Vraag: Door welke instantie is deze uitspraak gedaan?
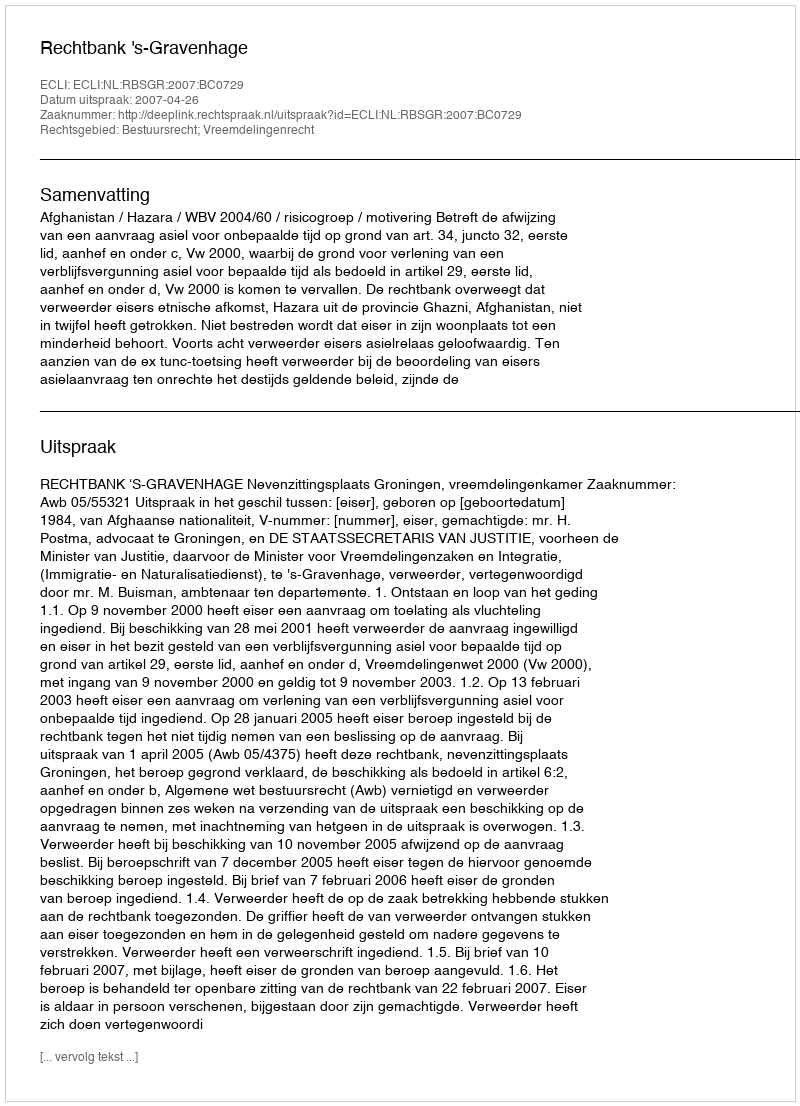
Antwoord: Rechtbank 's-Gravenhage